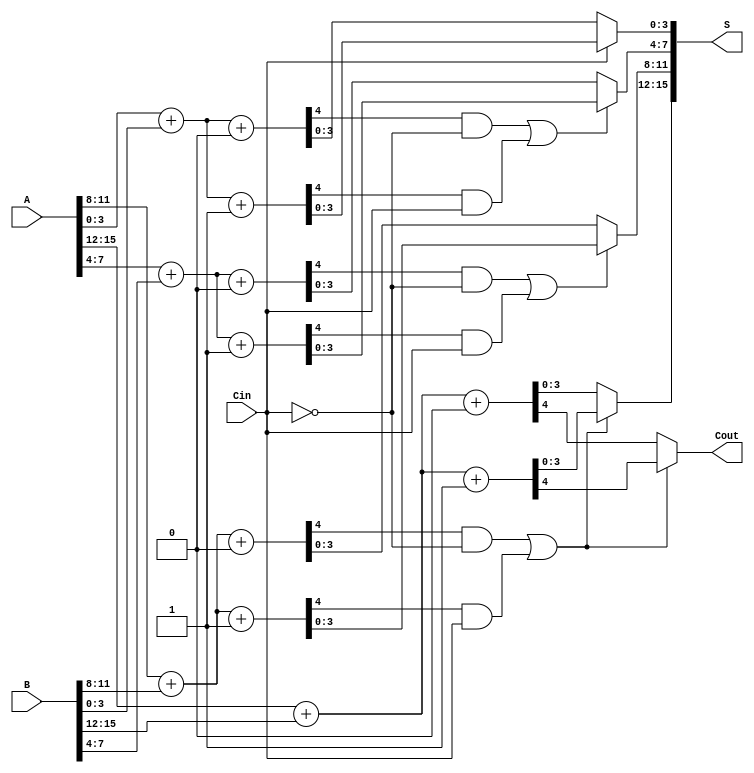
module CarrySelectAdder #(parameter N = 16, // Total number of bits
                          parameter K = 4) // Block size
(
    input  [N-1:0] A,      // First n-bit input
    input  [N-1:0] B,      // Second n-bit input
    input          Cin,     // Carry-in
    output [N-1:0] S,      // n-bit sum output
    output         Cout     // Carry-out
);

    localparam NUM_BLOCKS = N / K; // Number of blocks
    wire [K-1:0] S0 [0:NUM_BLOCKS-1]; // Sums when Cin = 0
    wire [K-1:0] S1 [0:NUM_BLOCKS-1]; // Sums when Cin = 1
    wire Cout0 [0:NUM_BLOCKS-1];      // Carry outs when Cin = 0
    wire Cout1 [0:NUM_BLOCKS-1];      // Carry outs when Cin = 1
    wire [NUM_BLOCKS-1:0] carry;      // Carry selection signals

    // Generate blocks
    genvar i;
    generate
        for (i = 0; i < NUM_BLOCKS; i = i + 1) begin : block
            wire [K-1:0] A_block = A[K*i +: K];
            wire [K-1:0] B_block = B[K*i +: K];

            // Calculate sum and carry for Cin = 0
            assign {Cout0[i], S0[i]} = A_block + B_block + 1'b0;

            // Calculate sum and carry for Cin = 1
            assign {Cout1[i], S1[i]} = A_block + B_block + 1'b1;

            // Carry selection logic
            if (i == 0) begin
                assign carry[i] = Cin; // First block uses Cin directly
            end else begin
                assign carry[i] = Cout0[i-1] & ~Cin | Cout1[i-1] & Cin; // Select carry from previous block
            end
        end
    endgenerate

    // Final sum and carry-out selection
    generate
        for (i = 0; i < NUM_BLOCKS; i = i + 1) begin : final_selection
            assign S[K*i +: K] = carry[i] ? S1[i] : S0[i]; // Select sum based on carry
        end
    endgenerate

    // Final carry-out
    assign Cout = carry[NUM_BLOCKS-1] ? Cout1[NUM_BLOCKS-1] : Cout0[NUM_BLOCKS-1];

endmodule